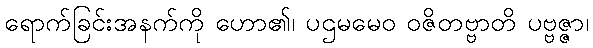
ရောက်ခြင်းအနက်ကို ဟော၏၊ ပဌမမေဝ ဝဇိတဗ္ဗာတိ ပဗ္ဗဇ္ဇာ၊